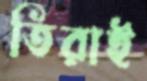
তিরাই